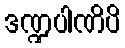
ဒဏ္ဍပါဏိပိ